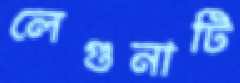
লেগুনাটি